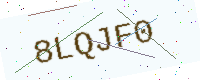
Text: 8LQJF0